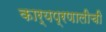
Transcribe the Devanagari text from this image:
कार्यप्रणालीची